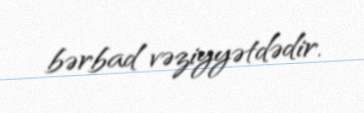
bərbad vəziyyətdədir.